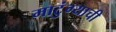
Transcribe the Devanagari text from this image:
माटुंग्याची